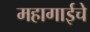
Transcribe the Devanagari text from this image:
महागाईचे